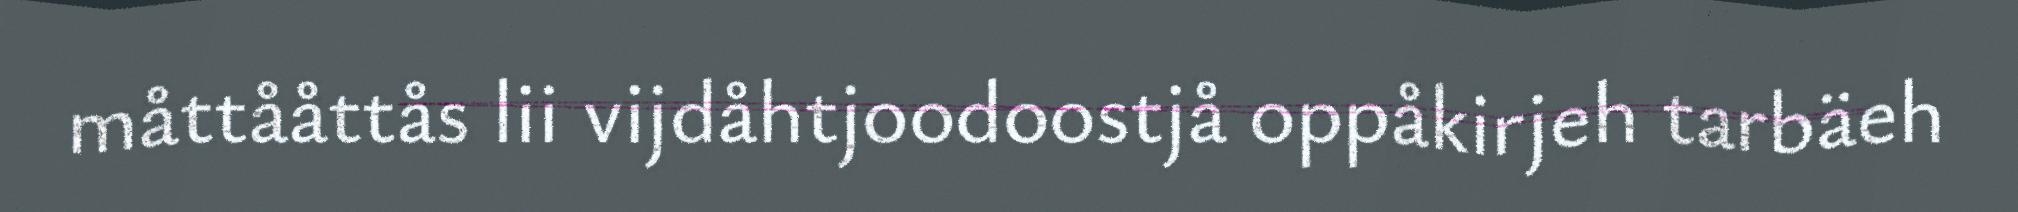
måttååttås lii vijdåhtjoodoostjå oppåkirjeh tarbäeh